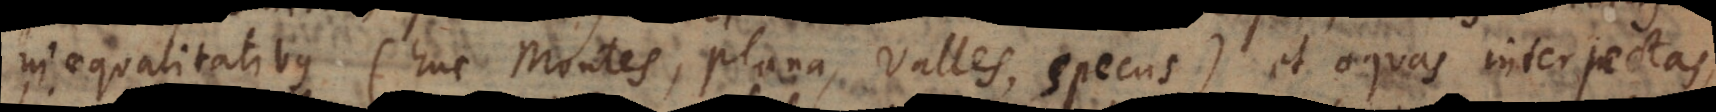
inaequalitatibus (huc Montes, Plana, Valles, Specus) et aquas interjectas